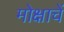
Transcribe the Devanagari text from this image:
मोक्षाचें